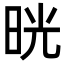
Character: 晄